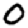
Digit: 0